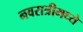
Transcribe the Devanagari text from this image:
नवरात्रीमध्ये